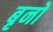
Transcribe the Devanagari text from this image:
बृनो